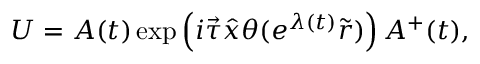
U = A ( t ) \exp \left( i \vec { \tau } \hat { x } \theta ( e ^ { \lambda ( t ) } \tilde { r } ) \right) A ^ { + } ( t ) ,